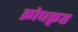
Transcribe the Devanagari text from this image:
क्रोधकृत